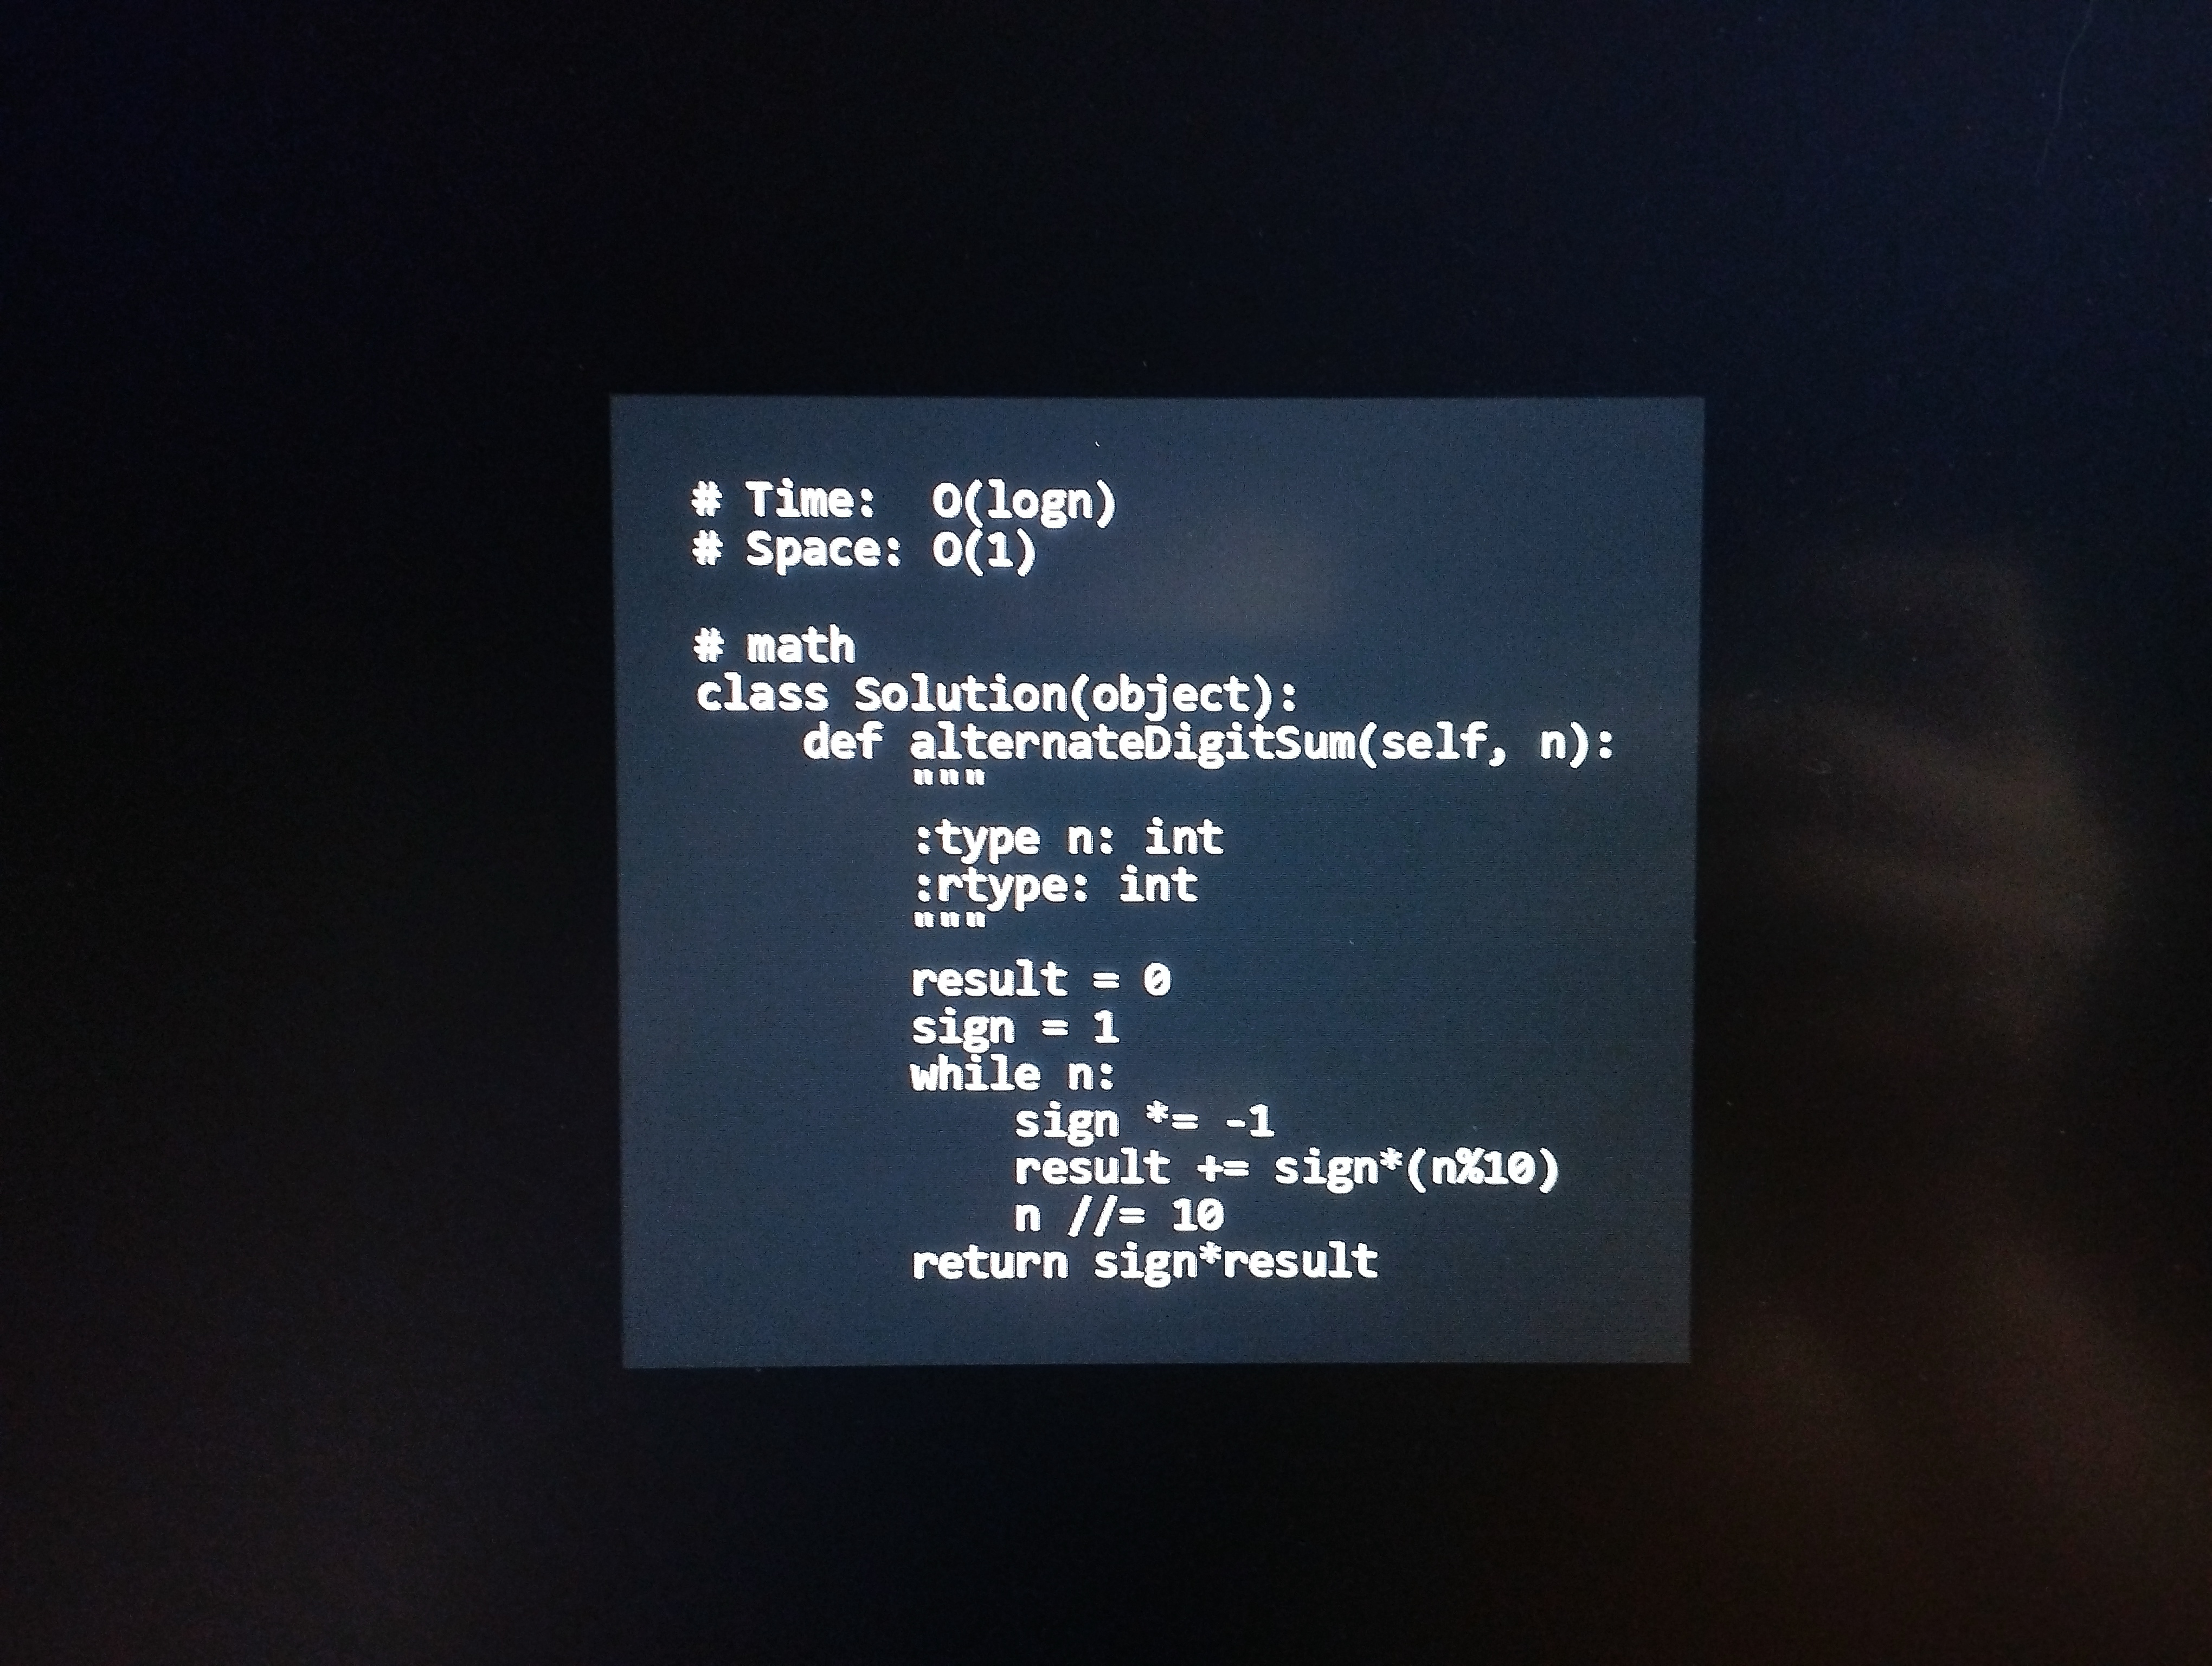
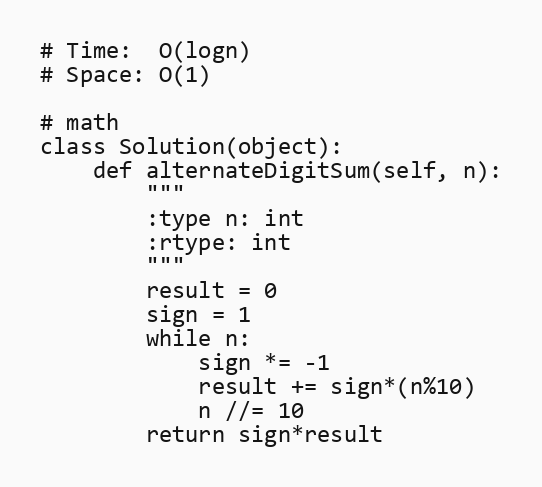
# Time:  O(logn)
# Space: O(1)

# math
class Solution(object):
    def alternateDigitSum(self, n):
        """
        :type n: int
        :rtype: int
        """
        result = 0
        sign = 1
        while n:
            sign *= -1
            result += sign*(n%10)
            n //= 10
        return sign*result